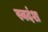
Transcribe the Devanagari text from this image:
स्वदंश